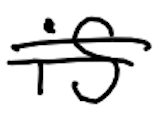
Text: is
Cross-out: double-line
Writing tool: digital_black